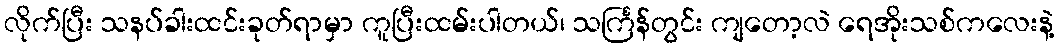
လိုက်ပြီး သနပ်ခါးထင်းခုတ်ရာမှာ ကူပြီးထမ်းပါတယ်၊ သင်္ကြန်တွင်း ကျတော့လဲ ရေအိုးသစ်ကလေးနဲ့